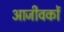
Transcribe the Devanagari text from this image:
आजीवकों